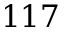
1 1 7